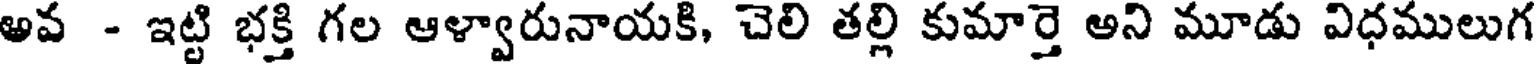
అవ - ఇట్టి భక్తి గల ఆళ్వారునాయకి, చెలి తల్లి కుమార్తె అని మూడు విధములుగ